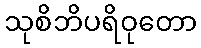
သုစိဘိပရိဝုတော